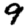
Digit: 9